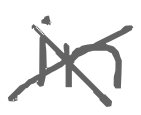
Text: in
Cross-out: cross
Writing tool: digital_gray